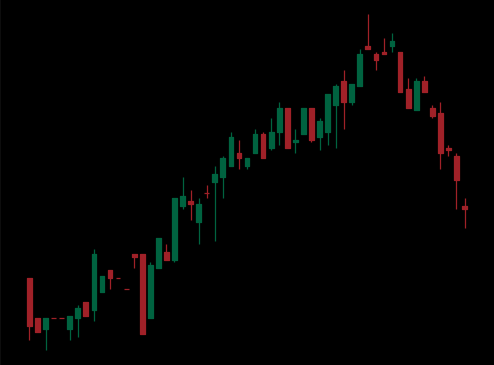
Pattern: bear_flag